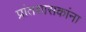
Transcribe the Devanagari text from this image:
प्रांतशासकांना